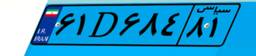
۹۸D۴۵۴۴۹